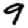
Digit: 9